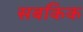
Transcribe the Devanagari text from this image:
सबकिक